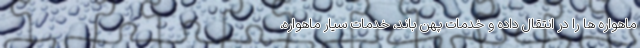
ماهواره ها را در انتقال داده و خدمات پهن باند، خدمات سیار ماهواره،